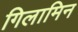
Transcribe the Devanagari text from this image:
गिलामिन